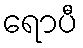
ရောပီ